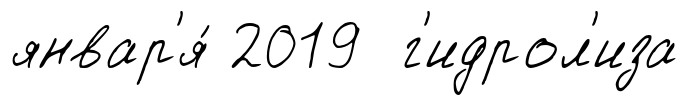
январ'я́ 2019 г'идрол'иза